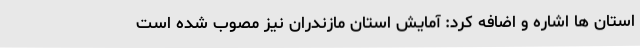
استان ها اشاره و اضافه کرد: آمایش استان مازندران نیز مصوب شده است